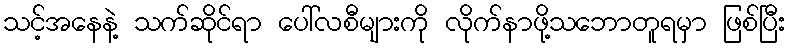
သင့်အနေနဲ့ သက်ဆိုင်ရာ ပေါ်လစီများကို လိုက်နာဖို့သဘောတူရမှာ ဖြစ်ပြီး